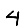
Digit: 4